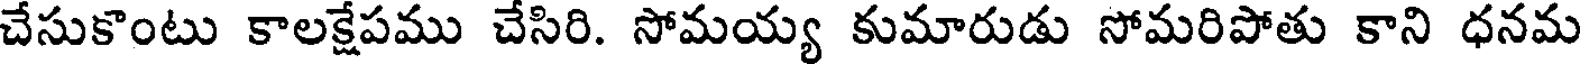
చేసుకొంటు కాలక్షేపము చేసిరి. సోమయ్య కుమారుడు సోమరిపోతు కాని ధనమ